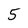
Character: 5